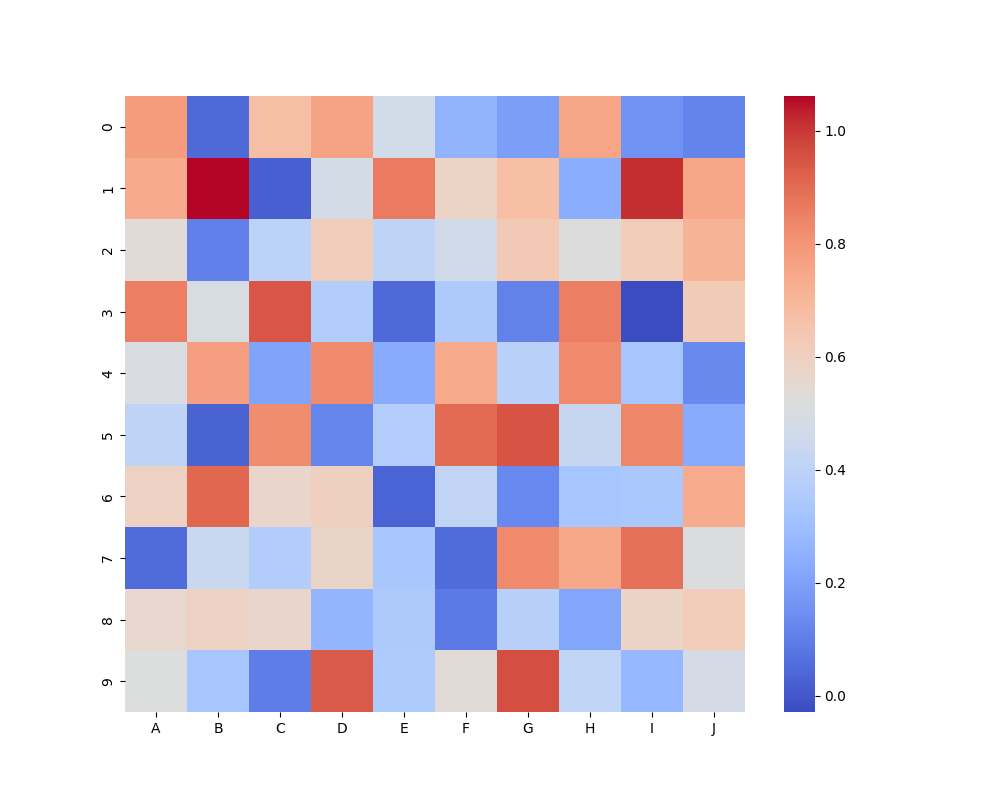
python, seaborn, heatmap, cmap='coolwarm', linewidths=0.0, center=none